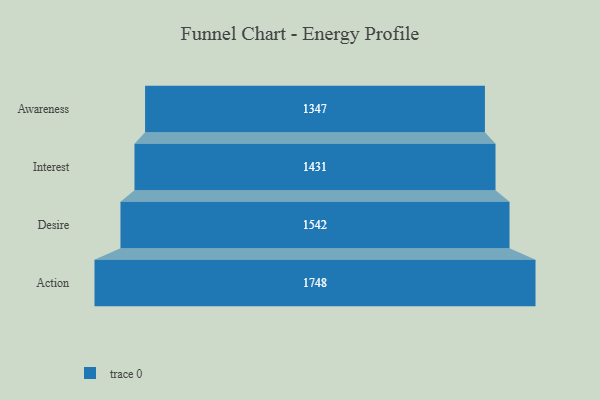
{"axis": {"x": "Stage", "y": "Value"}, "legend": [""], "data": [{"x": "Awareness", "y": 1347.0, "type": ""}, {"x": "Interest", "y": 1431.0, "type": ""}, {"x": "Desire", "y": 1542.0, "type": ""}, {"x": "Action", "y": 1748.0, "type": ""}]}